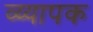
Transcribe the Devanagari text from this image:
व्य्यापक